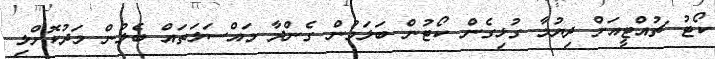
ކޯޓު ޗުއްޓީއަށް ދިޔުމާ ގުޅިގެން ކޯޓުން ބަލަމުން ގެންދާ މައްސަލަތައް ބެލުން މަދުކޮށްލި